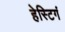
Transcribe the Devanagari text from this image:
हेस्टिगं